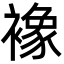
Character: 襐